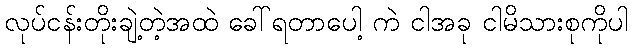
လုပ်ငန်းတိုးချဲ့တဲ့အထဲ ခေါ်ရတာပေါ့ ကဲ ငါအခု ငါမိသားစုကိုပါ